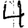
Digit: 4